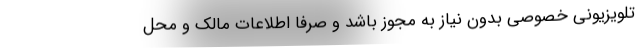
تلویزیونی خصوصی بدون نیاز به مجوز باشد و صرفا اطلاعات مالک و محل